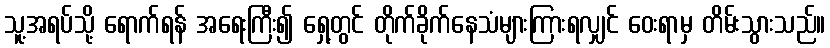
သူ့အရပ်သို့ ရောက်ရန် အရေးကြီး၍ ရှေ့တွင် တိုက်ခိုက်နေသံများကြားရလျှင် ဝေးရာမှ တိမ်းသွားသည်။